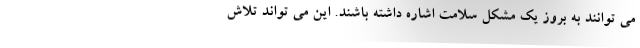
می توانند به بروز یک مشکل سلامت اشاره داشته باشند. این می تواند تلاش